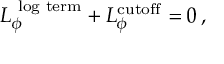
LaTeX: L _ { \phi } ^ { \mathrm { \scriptsize ~ l o g ~ t e r m } } + L _ { \phi } ^ { \mathrm { c u t o f f } } = 0 \, ,